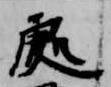
処